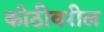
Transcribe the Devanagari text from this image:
कोठीवरील